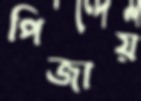
পিজায়